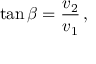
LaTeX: \tan \beta = { \frac { v _ { 2 } } { v _ { 1 } } } \, ,